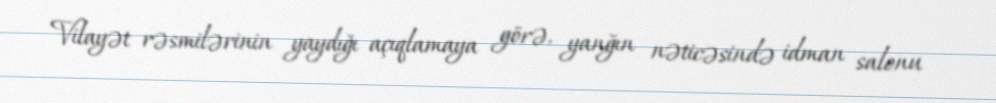
Vilayət rəsmilərinin yaydığı açıqlamaya görə, yanğın nəticəsində idman salonu